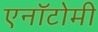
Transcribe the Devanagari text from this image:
एनॉटोमी